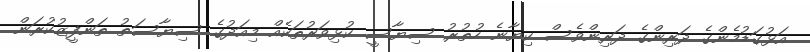
އަޅުގަޑުމެންގެ ދަރިންގެ ދަރިންވެސް ކިޔާނެ ހުތުރު ސިޔާސީ ކުޅިވަރުތަކެއް މިއަދުގެ ސިޔާސަތު ތަންފީޒުކުރަން